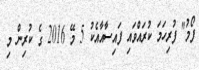
ފޯމު" ފުރިހަމަ ކުރައްވައި ފައިސާއާއެކު 5 މޭ 2016 ގެ ކުރިން މި